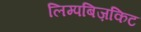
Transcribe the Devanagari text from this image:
लिम्पबिज़किट